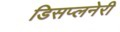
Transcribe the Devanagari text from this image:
डिसप्लनेरी